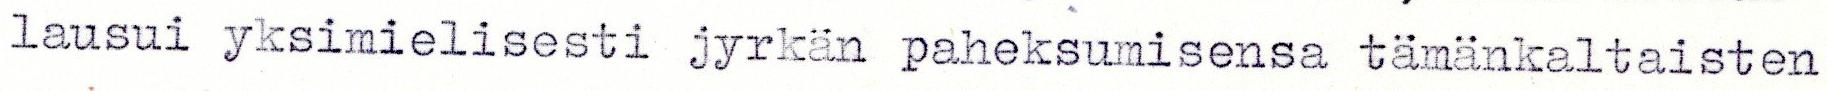
lausui yksimielisesti jyrkän paheksumisensa tämänkaltaisten